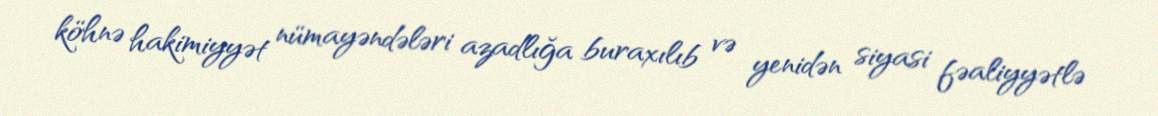
köhnə hakimiyyət nümayəndələri azadlığa buraxılıb və yenidən siyasi fəaliyyətlə